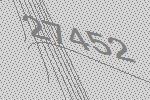
27452